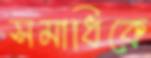
সমাধিকে